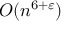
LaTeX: O ( n ^ { 6 + \varepsilon } )